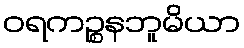
ဝရကဉ္စနဘူမိယာ